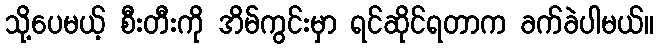
သို့ပေမယ့် စီးတီးကို အိမ်ကွင်းမှာ ရင်ဆိုင်ရတာက ခက်ခဲပါမယ်။